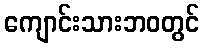
ကျောင်းသားဘဝတွင်